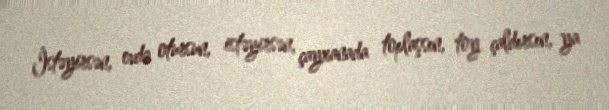
İstəyirsən, evdə otursun, istəyirsən, çayxanada toplaşsın, toy çaldırsın, ya